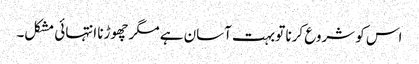
اس کو شروع کرنا تو بہت آسان ہے مگر چھوڑنا انتہائی مشکل۔